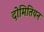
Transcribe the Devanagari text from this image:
दोमितियन